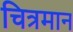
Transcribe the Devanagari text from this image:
चित्रमान